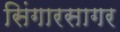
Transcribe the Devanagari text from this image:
सिंगारसागर